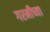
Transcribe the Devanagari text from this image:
गरमीच्या